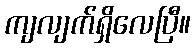
ကျလျက်ရှိလေပြီ။